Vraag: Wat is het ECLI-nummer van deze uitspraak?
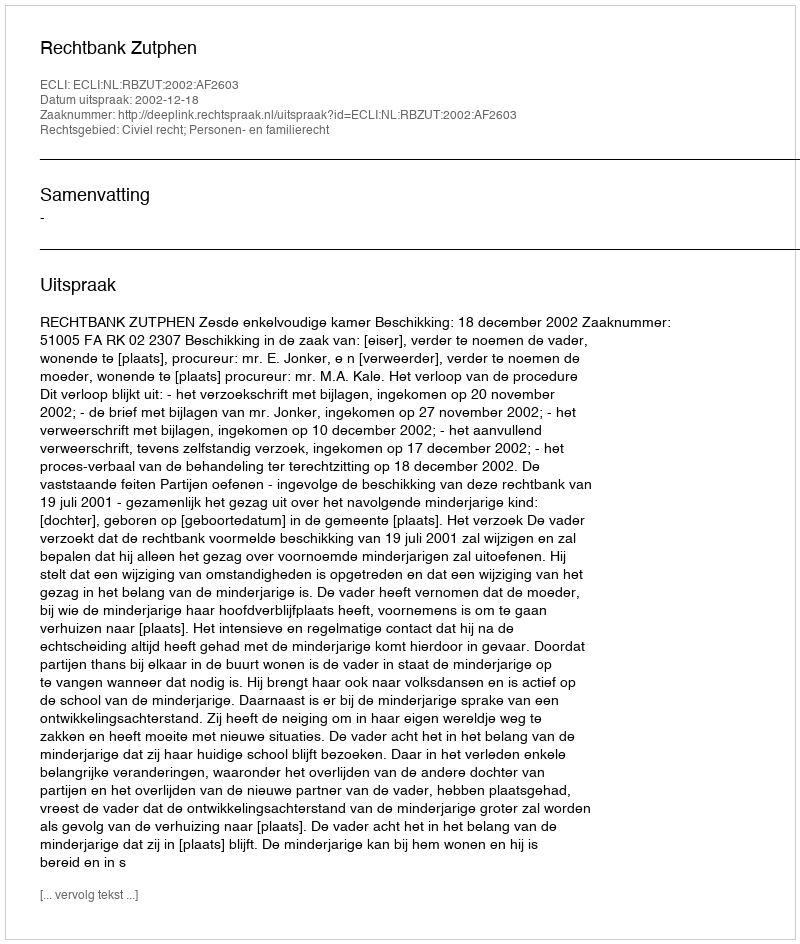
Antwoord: ECLI:NL:RBZUT:2002:AF2603